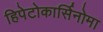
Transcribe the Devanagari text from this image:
हिपेटोकार्सिनोमा